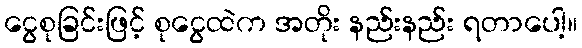
ငွေစုခြင်းဖြင့် စုငွေထဲက အတိုး နည်းနည်း ရတာပေါ့။